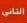
الفالئ